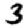
Digit: 3